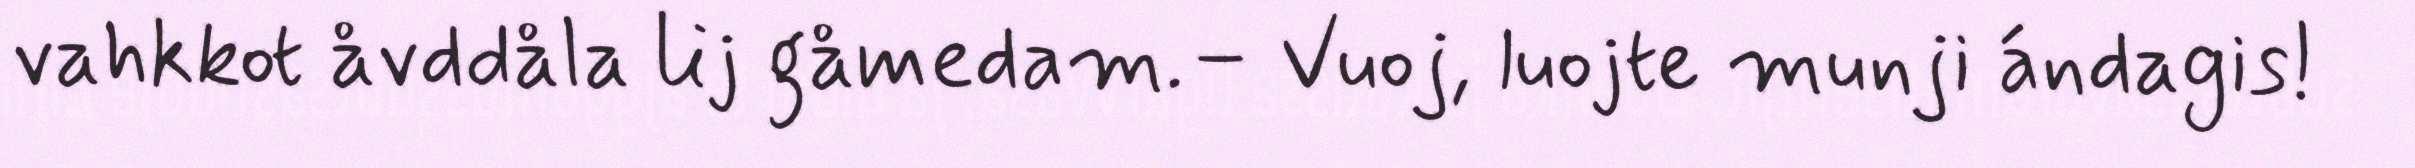
vahkkot åvddåla lij gåmedam.– Vuoj, luojte munji ándagis!